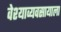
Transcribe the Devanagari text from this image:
वेश्याव्यवसायाला